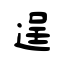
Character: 逞